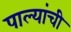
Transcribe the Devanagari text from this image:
पाल्यांची